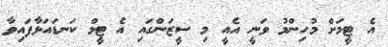
އެ ޓީމަށް މުހިންމު ވަނީ އެއީ މި ސީޒަންގައި އެ ޓީމް ކަނޑައަޅާފައިވާ